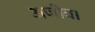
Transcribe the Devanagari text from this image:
अजीव।